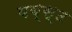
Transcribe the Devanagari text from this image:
पब्स्ट